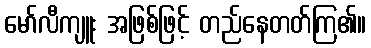
မော်လီကျူး အဖြစ်ဖြင့် တည်နေတတ်ကြ၏။